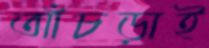
আঁচড়াই